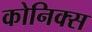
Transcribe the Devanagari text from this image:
कोनिक्स